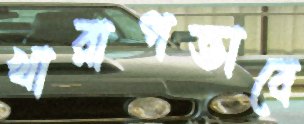
খারাপভাবে